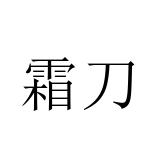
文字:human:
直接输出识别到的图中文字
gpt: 霜刀